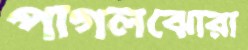
পাগলঝোরা